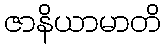
ဇာနိယာမာတိ